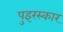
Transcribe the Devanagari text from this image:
पुइरस्कार